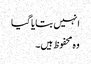
انہیں بتایا گیا
وہ محفوظ ہیں۔